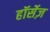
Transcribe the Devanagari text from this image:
हॉर्सेज़